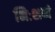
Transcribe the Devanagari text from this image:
निःशब्दं